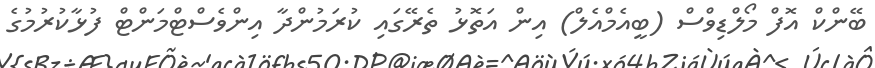
ބޭންކް އޮފް މޯލްޑިވްސް (ބީއެމްއެލް) އިން އަތޮޅު ތެރޭގައި ކުރަމުންދާ އިންވެސްޓްމަންޓް ފުޅާކުރުމުގެ